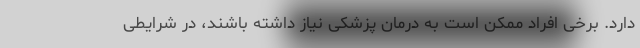
دارد. برخی افراد ممکن است به درمان پزشکی نیاز داشته باشند، در شرایطی